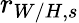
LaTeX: r_{W/H,s}